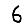
Digit: 6